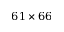
6 1 \times 6 6